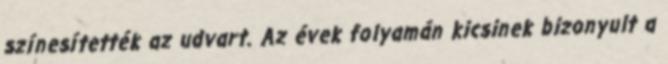
színesítették az udvart. Az évek folyamán kicsinek bizonyult a